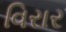
વિરાર